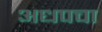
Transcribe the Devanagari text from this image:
अधपचा